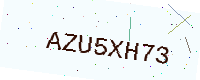
Text: AZU5XH73